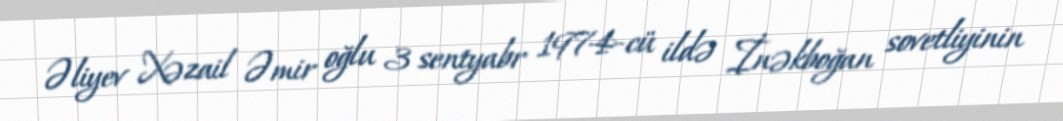
Əliyev Xəzail Əmir oğlu 3 sentyabr 1974-cü ildə İnəkboğan sovetliyinin